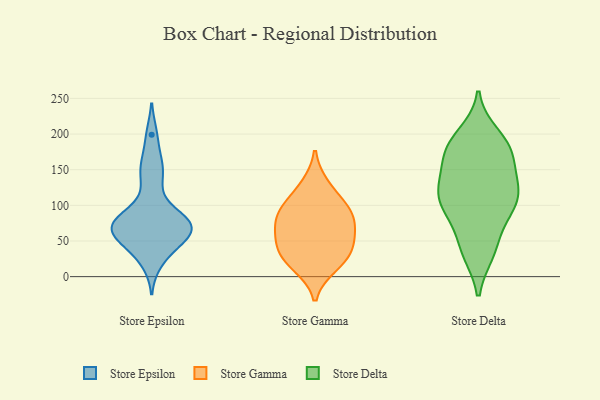
{"axis": {"x": "Tickets Resolved", "y": "Value"}, "legend": ["Store Delta", "Store Epsilon", "Store Gamma"], "data": [{"x": "", "y": 83, "type": "Store Epsilon"}, {"x": "", "y": 161, "type": "Store Epsilon"}, {"x": "", "y": 39, "type": "Store Epsilon"}, {"x": "", "y": 61, "type": "Store Epsilon"}, {"x": "", "y": 63, "type": "Store Epsilon"}, {"x": "", "y": 71, "type": "Store Epsilon"}, {"x": "", "y": 19, "type": "Store Epsilon"}, {"x": "", "y": 77, "type": "Store Epsilon"}, {"x": "", "y": 81, "type": "Store Epsilon"}, {"x": "", "y": 199, "type": "Store Epsilon"}, {"x": "", "y": 149, "type": "Store Epsilon"}, {"x": "", "y": 87, "type": "Store Epsilon"}, {"x": "", "y": 127, "type": "Store Epsilon"}, {"x": "", "y": 56, "type": "Store Epsilon"}, {"x": "", "y": 68, "type": "Store Epsilon"}, {"x": "", "y": 47, "type": "Store Epsilon"}, {"x": "", "y": 83, "type": "Store Gamma"}, {"x": "", "y": 95, "type": "Store Gamma"}, {"x": "", "y": 15, "type": "Store Gamma"}, {"x": "", "y": 36, "type": "Store Gamma"}, {"x": "", "y": 72, "type": "Store Gamma"}, {"x": "", "y": 24, "type": "Store Gamma"}, {"x": "", "y": 45, "type": "Store Gamma"}, {"x": "", "y": 98, "type": "Store Gamma"}, {"x": "", "y": 128, "type": "Store Gamma"}, {"x": "", "y": 60, "type": "Store Gamma"}, {"x": "", "y": 183, "type": "Store Delta"}, {"x": "", "y": 103, "type": "Store Delta"}, {"x": "", "y": 91, "type": "Store Delta"}, {"x": "", "y": 133, "type": "Store Delta"}, {"x": "", "y": 35, "type": "Store Delta"}, {"x": "", "y": 41, "type": "Store Delta"}, {"x": "", "y": 181, "type": "Store Delta"}, {"x": "", "y": 39, "type": "Store Delta"}, {"x": "", "y": 122, "type": "Store Delta"}, {"x": "", "y": 112, "type": "Store Delta"}, {"x": "", "y": 113, "type": "Store Delta"}, {"x": "", "y": 168, "type": "Store Delta"}, {"x": "", "y": 85, "type": "Store Delta"}, {"x": "", "y": 140, "type": "Store Delta"}, {"x": "", "y": 109, "type": "Store Delta"}, {"x": "", "y": 171, "type": "Store Delta"}, {"x": "", "y": 182, "type": "Store Delta"}, {"x": "", "y": 198, "type": "Store Delta"}]}